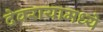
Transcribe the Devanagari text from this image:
देवरायामध्ये